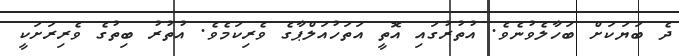
ދެ ބަޔަކަށް ބަހާލެވުނެވެ. އުތުރުގައި އޮތީ އަތަހުއަލްޕާގެ ވެރިކަމެވެ. އުތުރު ބިތުގެ ވެރިރަށަކީ